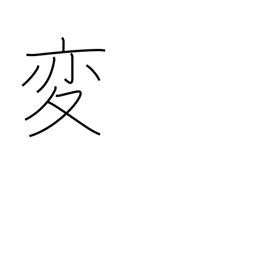
Meaning: unusual